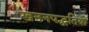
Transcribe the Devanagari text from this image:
खननपद्धतियों